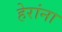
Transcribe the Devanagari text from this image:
हेरांना